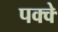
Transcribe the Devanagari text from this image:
पक्‍क्‍े